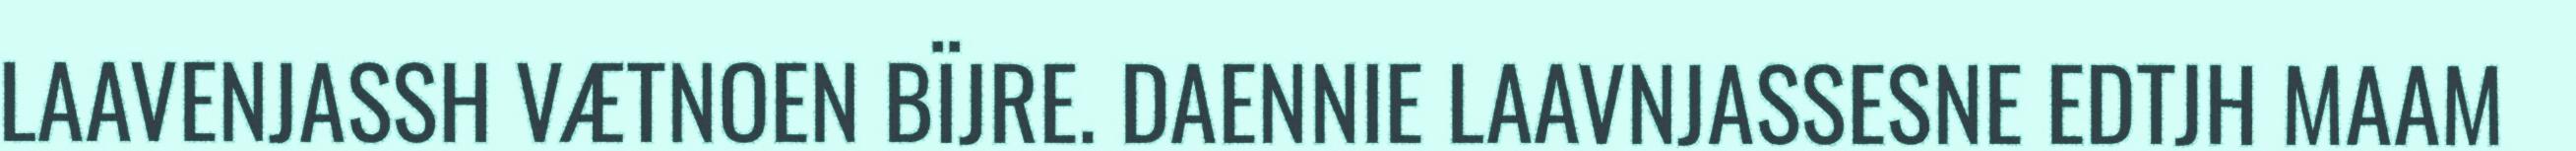
LAAVENJASSH VÆTNOEN BÏJRE. DAENNIE LAAVNJASSESNE EDTJH MAAM